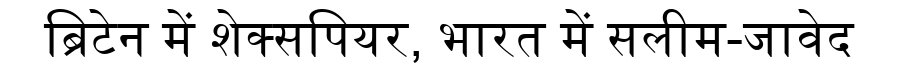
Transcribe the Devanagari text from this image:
ब्रिटेन में शेक्सपियर, भारत में सलीम-जावेद